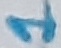
Text: 1